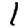
Digit: 1